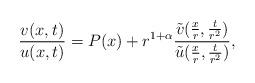
\begin{align*}\frac{v(x,t)}{u(x,t)}= P(x) + r^{1+\alpha} \frac{\tilde v(\frac{x}{r},\frac{t}{r^2})}{\tilde u(\frac{x}{r},\frac{t}{r^2})},\end{align*}